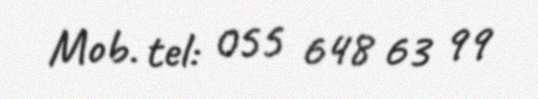
Mob. tel: 055 648 63 99